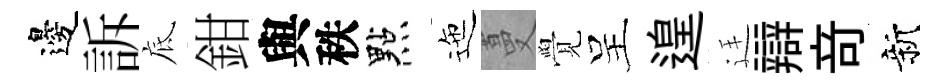
邊訴底鉗與秩點迤蔓覺呈遑廷辯竒新